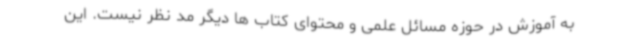
به آموزش در حوزه مسائل علمی و محتوای کتاب ها دیگر مد نظر نیست. این